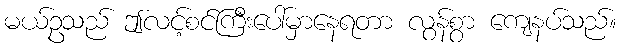
မယ်ဥသည် ဤလင့်စင်ကြီးပေါ်မှာနေရတာ လွန်စွာ ကျေနပ်သည်။